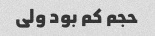
حجم کم بود ولی